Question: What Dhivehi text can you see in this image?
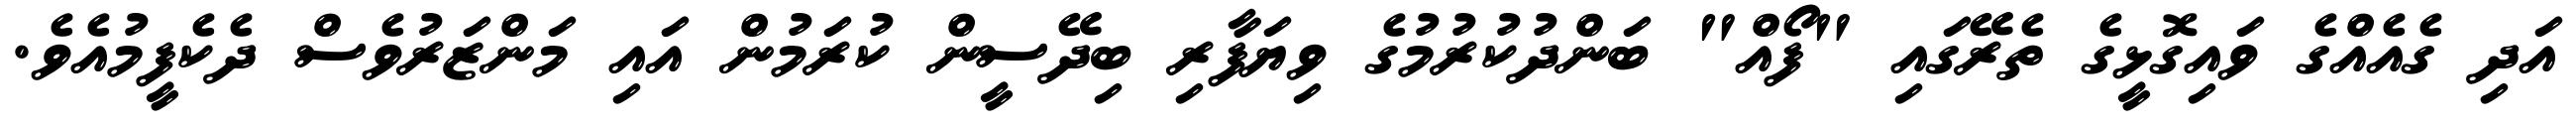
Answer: އަދި ގެއެއްގެ ވައިގޮޅީގެ ތެރޭގައި "ފޯއް" ބަންދުކުރުމުގެ ވިޔަފާރި ބިދޭސީން ކުރަމުން އައި މަންޒަރުވެސް ދެކެފީމުއެވެ.